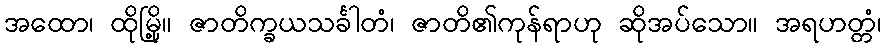
အထော၊ ထိုမြို့။ ဇာတိက္ခယသင်္ခါတံ၊ ဇာတိ၏ကုန်ရာဟု ဆိုအပ်သော။ အရဟတ္တံ၊